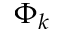
\Phi _ { k }